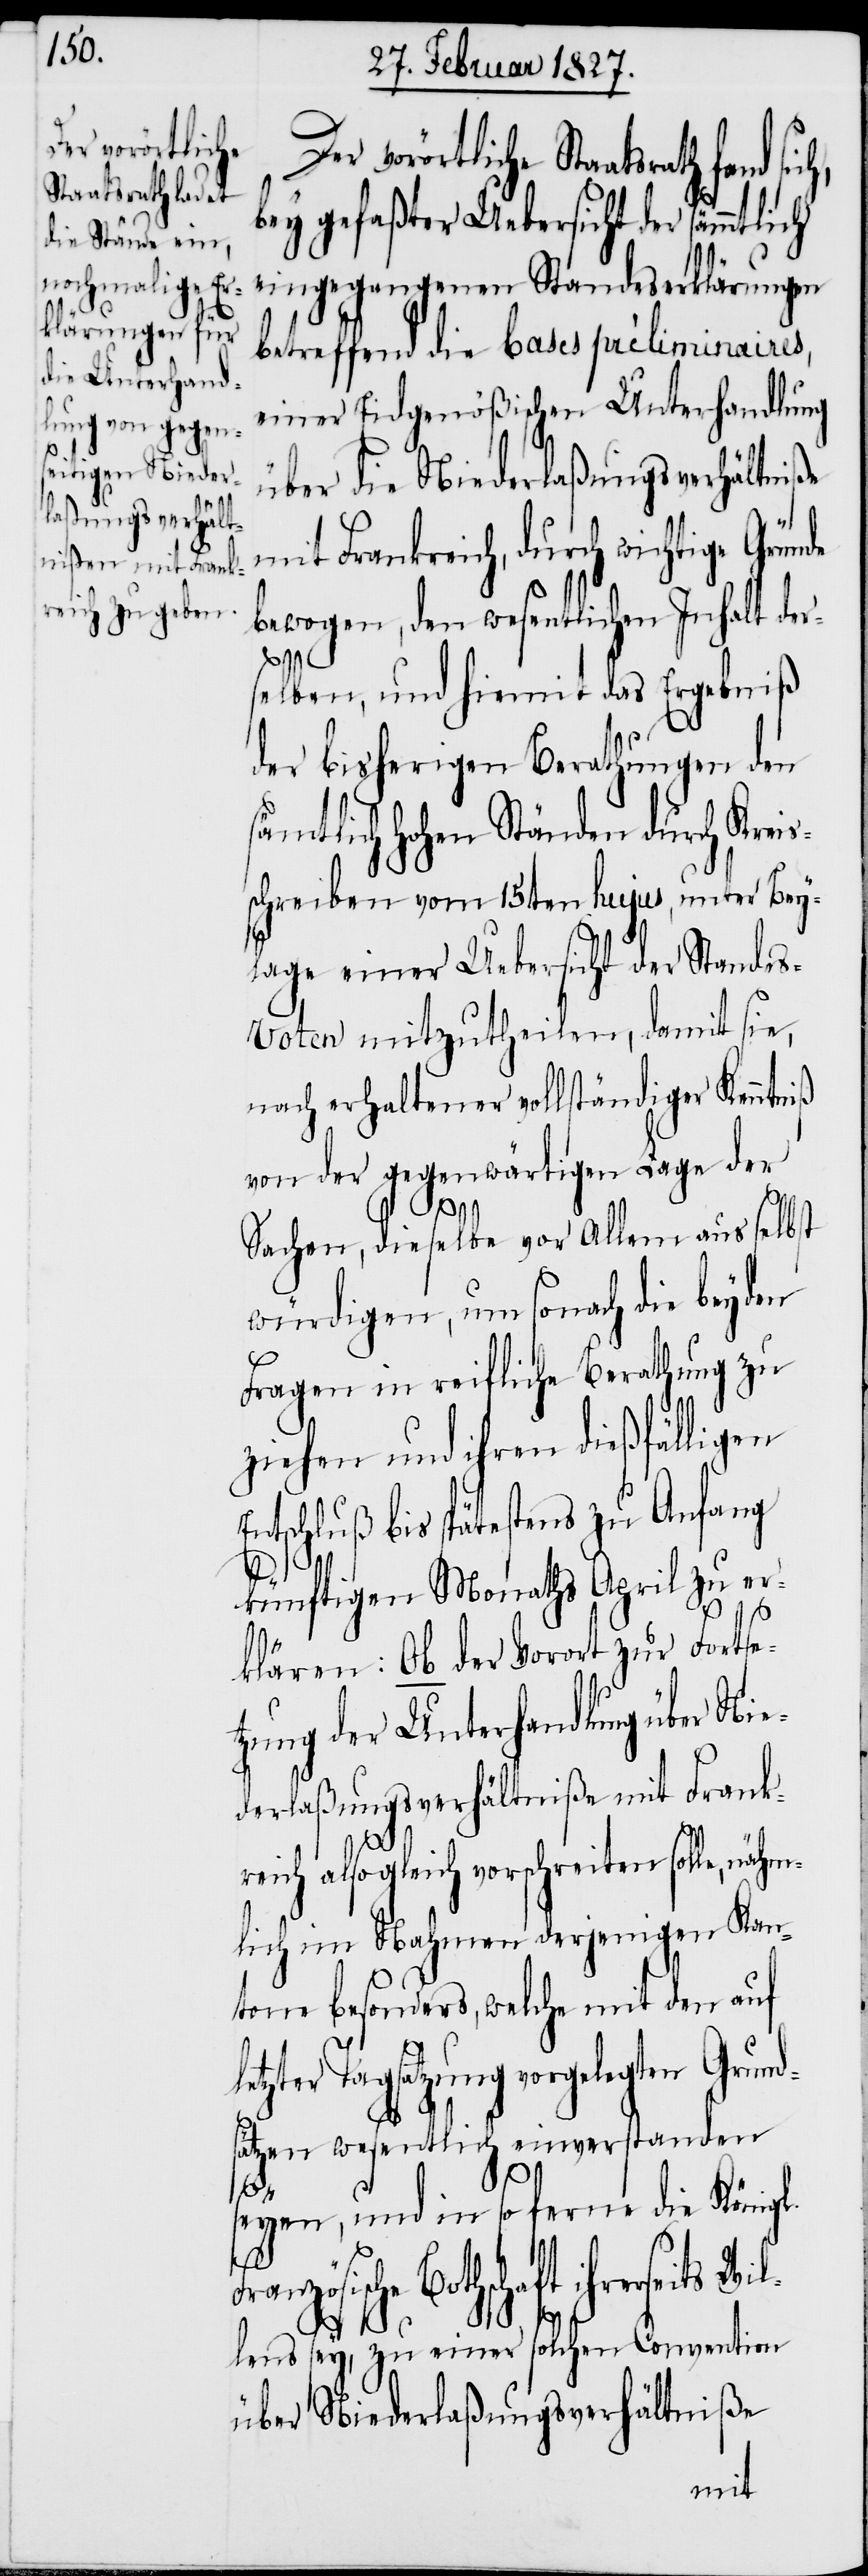
Der vorörtliche
Staatsrath fand

bey gefaßter Uebersicht der sämmtlich
eingegangenen Standeserklärungen
betreffend die bases préliminaires,
einer Eidgenößischen Unterhandlung
über die Niederlaßungsverhältniße
Frankreich, durch wichtige
bewogen, den wesentlichen Inhalt der¬
selben, und hiemit das Ergebniß
der bisherigen Berathungen den
sämtlich Hohen Ständen durch Kreis¬
schreiben vom 15ten hujus, unter Bey¬
lage einer Uebersicht der Stande¬
s-Voten mitzutheilen, damit sie,
nach erhaltener vollständiger Kenntniß
von der gegenwärtigen Lage der
Sachen, dieselbe vor Allem aus selbst
würdigen, um sonach die beyden
Fragen in reifliche Berathung zu
ziehen und ihren dießfälligen
Entschluß bis spätestens zu Anfang
künftigen Monaths April zu er¬
klären: Ob der Vorort zur Fortse¬
tzung der Unterhandlung über Nie¬
derlaßungsverhältniße mit Frank¬
Wil¬
reich alsogleich vorschreiten solle, nähm¬
lich im Nahmen derjenigen Kan¬
tone besonders, welche mit den auf
etzter Tagsatzung vorgelegten Grund¬
sätzen wesentlich einverstanden
l¬
seyen, und in so ferne die Königl.
nzösische Bothschaft ihrerseits
lens sey, zu einer solchen Convention
über Niederlaßungsverhältniße
mit